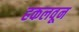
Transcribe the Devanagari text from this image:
हकलवून